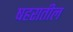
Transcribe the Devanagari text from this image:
षहरातील